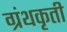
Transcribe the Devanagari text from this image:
ग्रंथकृती